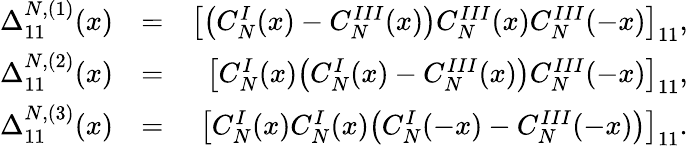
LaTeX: \begin{array}{rlr}{\Delta_{11}^{N,(1)}(x)}&{=}&{\big[\big(C_{N}^{I}(x)-C_{N}^{III}(x)\big)C_{N}^{III}(x)C_{N}^{III}(-x)\big]_{11},}\\ {\Delta_{11}^{N,(2)}(x)}&{=}&{\big[C_{N}^{I}(x)\big(C_{N}^{I}(x)-C_{N}^{III}(x)\big)C_{N}^{III}(-x)\big]_{11},}\\ {\Delta_{11}^{N,(3)}(x)}&{=}&{\big[C_{N}^{I}(x)C_{N}^{I}(x)\big(C_{N}^{I}(-x)-C_{N}^{III}(-x)\big)\big]_{11}.}\end{array}